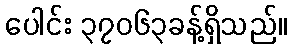
ပေါင်း ၃၇၀၆၃ခန့်ရှိသည်။